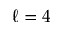
\ell = 4